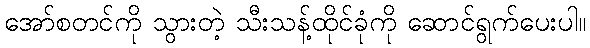
အော်စတင်ကို သွားတဲ့ သီးသန့်ထိုင်ခုံကို ဆောင်ရွက်ပေးပါ။